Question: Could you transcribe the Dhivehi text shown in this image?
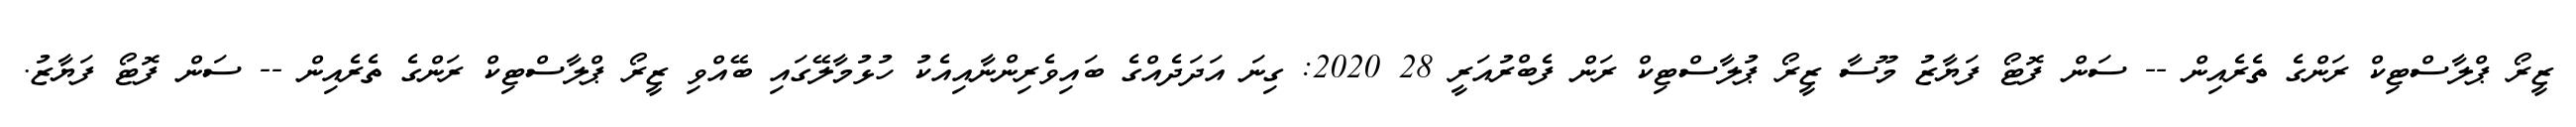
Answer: ޒީރޯ ޕްލާސްޓިކް ރަންގެ ތެރެއިން -- ސަން ފޮޓޯ ފަޔާޒު މޫސާ ޒީރޯ ޕުލާސްޓިކް ރަން ފެބްރުއަރީ 28 2020: ގިނަ އަދަދެއްގެ ބައިވެރިންނާއިއެކު ހުޅުމާލޭގައި ބޭއްވި ޒީރޯ ޕްލާސްޓިކް ރަންގެ ތެރެއިން -- ސަން ފޮޓޯ ފަޔާޒު.